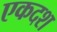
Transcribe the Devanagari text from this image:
एकदश